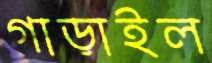
গাড়াইল